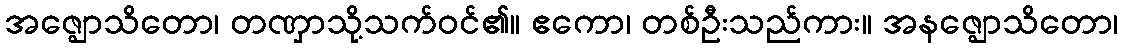
အဇ္ဈောသိတော၊ တဏှာသို့သက်ဝင်၏။ ဧကော၊ တစ်ဦးသည်ကား။ အနဇ္ဈောသိတော၊